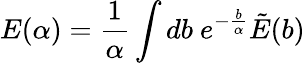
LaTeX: E(\alpha)={\frac{1}{\alpha}}\int db\ e^{-{\frac{b}{\alpha}}}\tilde{E}(b)